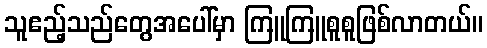
သူဧည့်သည်တွေအပေါ်မှာ ကြူကြူစူစူဖြစ်လာတယ်။